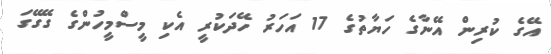
އޭގެ ކުރިން އޭނާގެ ހަޔާތުގެ 17 އަހަރު ހޭދަކުރީ އެކި މީސްމީހުންގެ ގޭގޭގަ